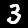
Label: 3